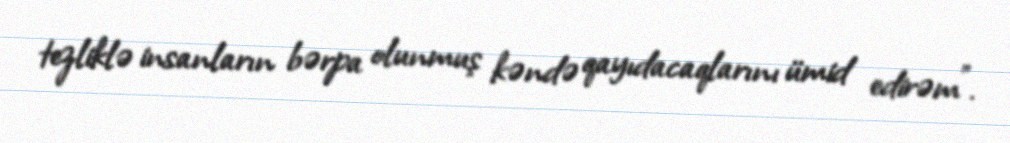
tezliklə insanların bərpa olunmuş kəndə qayıdacaqlarını ümid edirəm".